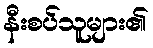
နီးစပ်သူများ၏